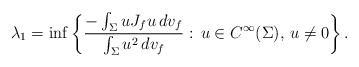
\begin{align*} \lambda_1=\inf\left\{\frac{-\int_{\Sigma}uJ_{f}u\, dv_f}{\int_{\Sigma}u^2\, dv_f}:\,u\in C^{\infty}(\Sigma),\,u\neq0\right\}.\end{align*}